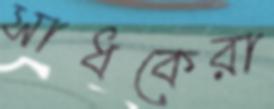
সাধকেরা